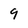
Character: 9